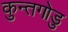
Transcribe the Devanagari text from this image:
कुन्तगोडु